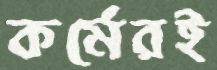
কর্মেরই